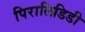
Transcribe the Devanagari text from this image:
पिरालिडिडी